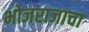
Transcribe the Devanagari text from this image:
भोजराजाचा